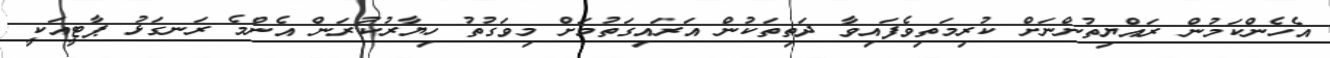
އެހެންކަމުން ރައްޔިތުންނަށް ކުރިމަތިވެފައިވާ ދަތިތަކުން އަރައިގަތުމަށް މިވަގުތު ހިޔާރުކުރަން އެންމެ ރަނގަޅު ޕާޓީއަކީ